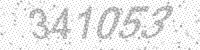
Solution: 341053